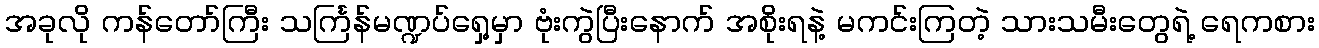
အခုလို ကန်တော်ကြီး သင်္ကြန်မဏ္ဍပ်ရှေ့မှာ ဗုံးကွဲပြီးနောက် အစိုးရနဲ့ မကင်းကြတဲ့ သားသမီးတွေရဲ့ ရေကစား